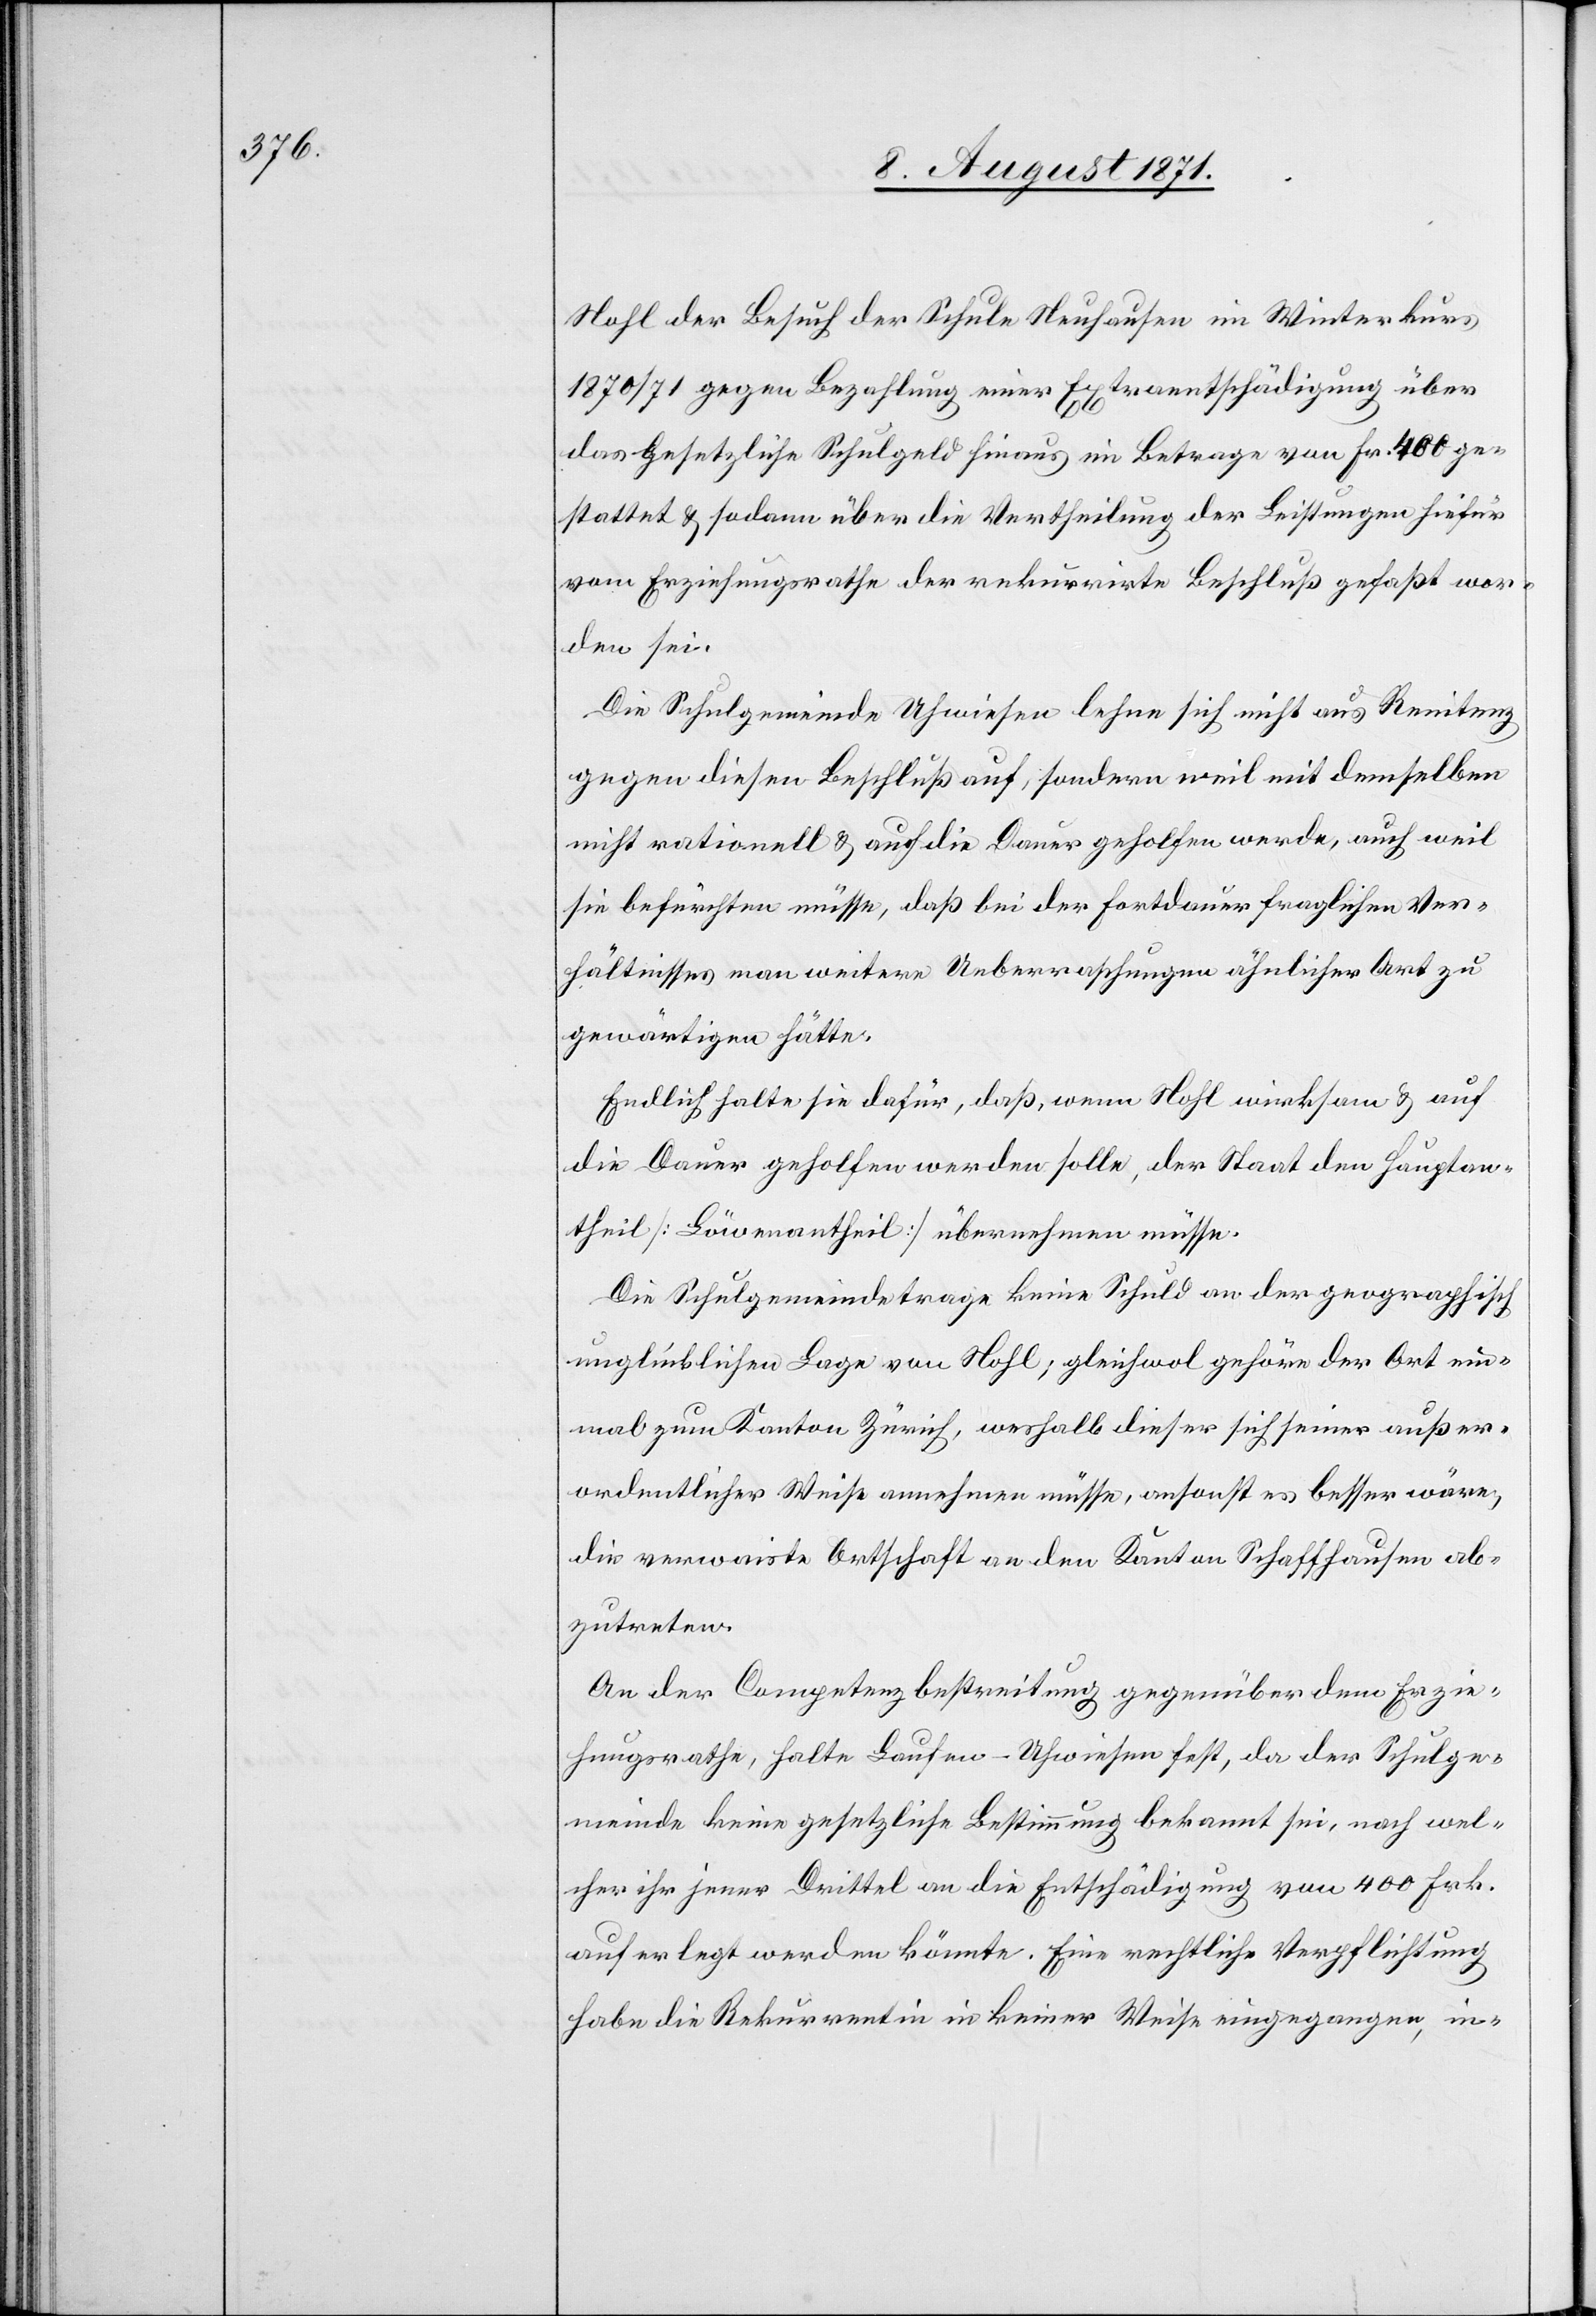
Nohl der Besuch der Schule Neuhausen im Winterkurs
1870/71 gegen Bezahlung einer Extraentschädigung über
das Gesetzliche Schulgeld hinaus im Betrage von Fr. 400 ge¬
stattet u. sodann über die Vertheilung der Leistungen hiefür
vom Erziehungsrath der rekurrirte Beschluß gefaßt wor¬
den sei.
Die Schulgemeinde Uhwiesen lehne sich nicht aus Renitenz
gegen diesen Beschluß auf, sondern weil mit demselben
nicht rationell u. auf die Dauer geholfen werde, auch weil
sie befürchten müsse, daß bei der Fortdauer fraglichen Ver¬
hältnisses man weitere Ueberraschungen ähnlicher Art zu
gewärtigen hätte.
Endlich halte sie dafür, daß, wenn Nohl wirksam u. auf
die Dauer geholfen werden solle, der Staat den Hauptan¬
theil [Löwenantheil] übernehmen müsse.
Die Schulgemeinde trage keine Schuld an der geographisch
unglücklichen Lage von Nohl; gleichwol gehöre der Ort ein¬
mal zum Kanton Zürich, weshalb dieser sich seiner außer¬
ordentlicher Weise annehmen müsse, ansonst es besser wäre,
die verwaiste Ortschaft an den Kanton Schaffhausen ab¬
zutreten.
An der Competenzbestreitung gegenüber dem Erzie¬
hungsrathe, halte Laufen-Uhwiesen fest, da der Schulge¬
meinde keine gesetzliche Bestimmung bekannt sei, nach wel¬
cher ihr jener Drittel an die Entschädigung von 400 Frk.
auferlegt werden könnte. Eine rechtliche Verpflichtung
habe die Rekurrentin in keiner Weise eingegangen, in-